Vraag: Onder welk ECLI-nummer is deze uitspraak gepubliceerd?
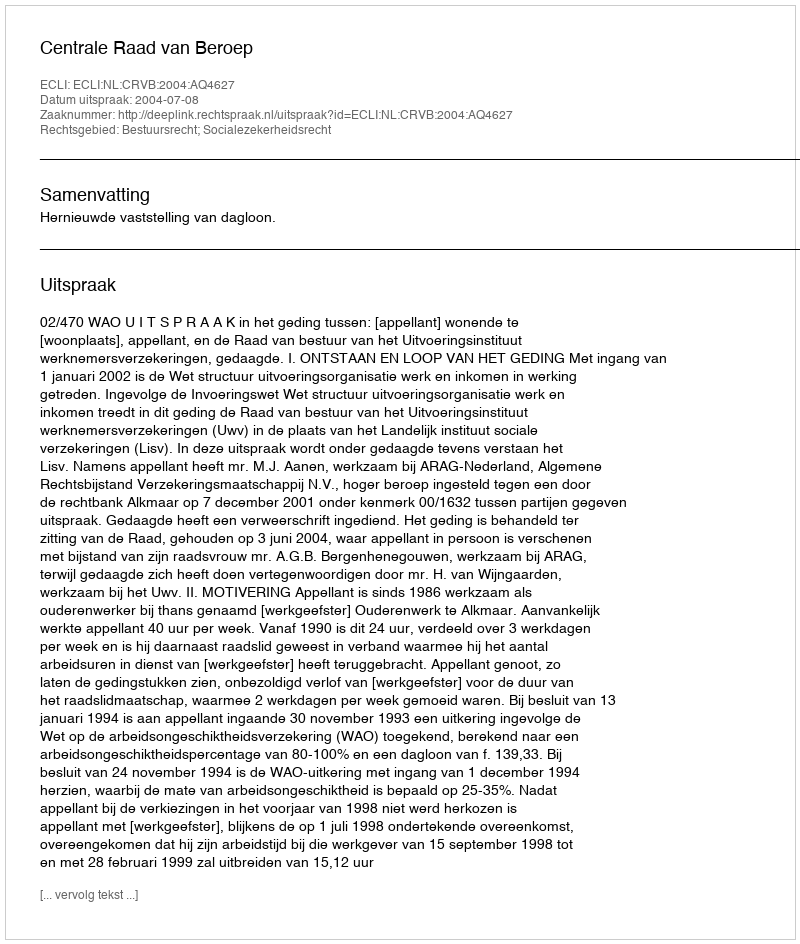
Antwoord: ECLI:NL:CRVB:2004:AQ4627